Scottish Leaving Certificate Examination, 1956
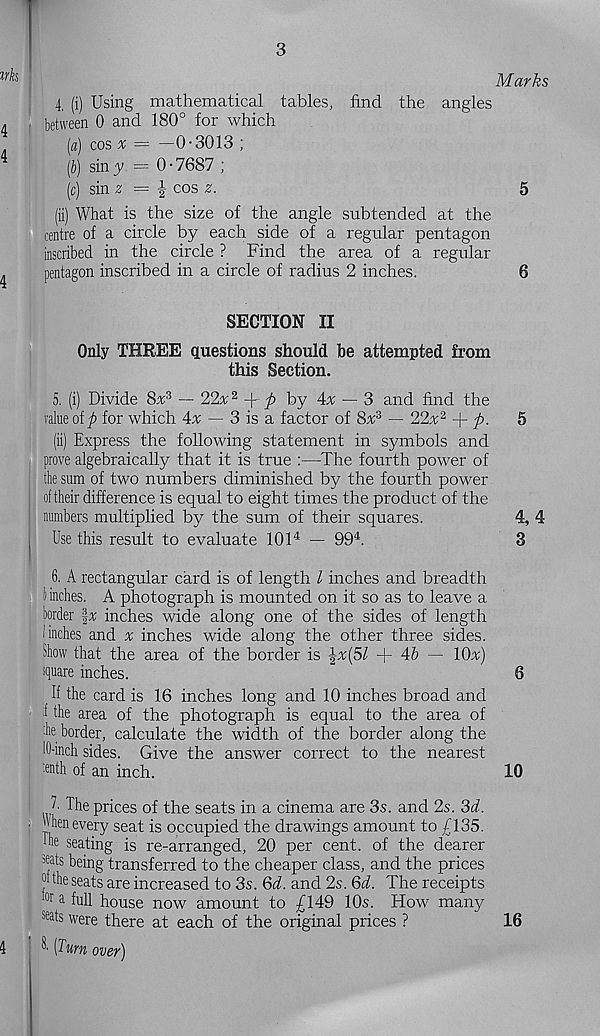
3
Marks
4. (i) Using mathematical tables, find the angles
■ between 0 and 180° for which
[a) cos x = —0-3013 ;
[b) siny = 0-7687 ;
[c) sin 2 = \ cos 2.
5
(ii) What is the size of the angle subtended at the
centre of a circle by each side of a regular pentagon
inscribed in the circle ? Find the area of a regular
pentagon inscribed in a circle of radius 2 inches.
6
SECTION II
Only THREE questions should be attempted from
this Section.
5. (i) Divide 8% 3 — 22nr 2 -fijb by Ax — 3 and find the
value olft for which 4a; — 3 is a factor of 8 a; 3 — 22a; 2 -{-ft.
5
(ii) Express the following statement in symbols and
prove algebraically that it is true :—The fourth power of
the sum of two numbers diminished by the fourth power
of their difference is equal to eight times the product of the
numbers multiplied by the sum of their squares.
4, 4
Use this result to evaluate 101 4 — 99 4 .
3
6. A rectangular card is of length l inches and breadth
i inches. A photograph is mounted on it so as to leave a
border \x inches wide along one of the sides of length
(inches and a; inches wide along the other three sides.
Show that the area of the border is \%{5l + 4& — 10a;)
square inches.
6
If the card is 16 inches long and 10 inches broad and
I the area of the photograph is equal to the area of
she border, calculate the width of the border along the
10-inch sides. Give the answer correct to the nearest
•enth of an inch.
10
1 The prices of the seats in a cinema are 3s. and 2s. 3d.
■ uhen every seat is occupied the drawings amount to £135.
lue seating is re-arranged, 20 per cent, of the dearer
se ds being transferred to the cheaper class, and the prices
®the seats are increased to 3s. Qd. and 2s. 3d. The receipts
tor a full house now amount to £149 10s. How many
seats were there at each of the original prices ?
16
^ [Turn over)